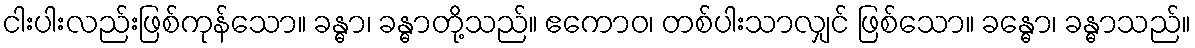
ငါးပါးလည်းဖြစ်ကုန်သော။ ခန္ဓာ၊ ခန္ဓာတို့သည်။ ဧကောဝ၊ တစ်ပါးသာလျှင် ဖြစ်သော။ ခန္ဓော၊ ခန္ဓာသည်။